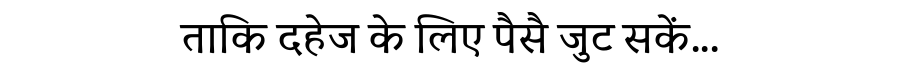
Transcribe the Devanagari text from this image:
ताकि दहेज के लिए पैसै जुट सकें...